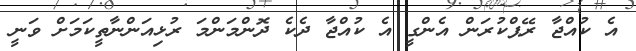
އެ ކުއްޖާ ރޭޕްކުރަން އެންގީ އެ ކުއްޖާ ދެކެ ދޮންމަންމަ ރުޅިއަންނާތީކަމަށް ވަނީ